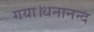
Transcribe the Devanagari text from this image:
गया।धनानन्द